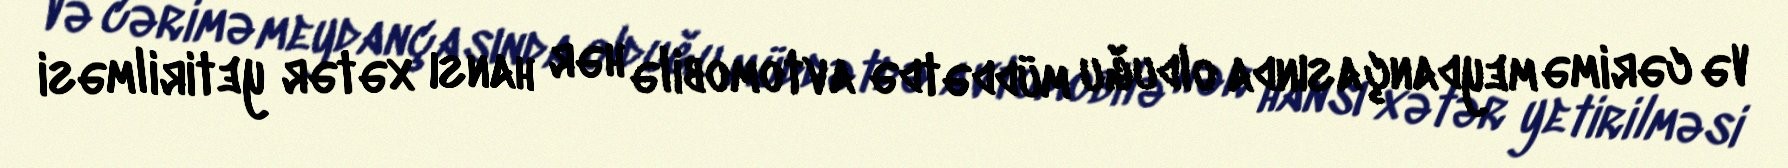
Və cərimə meydançasında olduğu müddətdə avtomobilə hər hansı xətər yetirilməsi